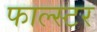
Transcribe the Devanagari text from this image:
फाल्स्टर